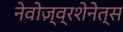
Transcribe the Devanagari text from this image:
नेवोज़्व्रशेनेत्स